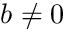
b \ne 0